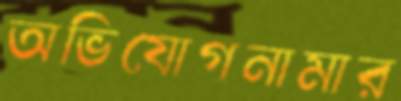
অভিযোগনামার